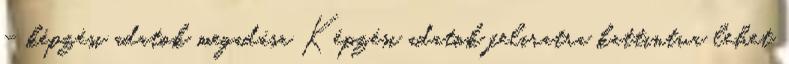
– képzési adatok megadása Képzési adatok feliratra kattintva lehet